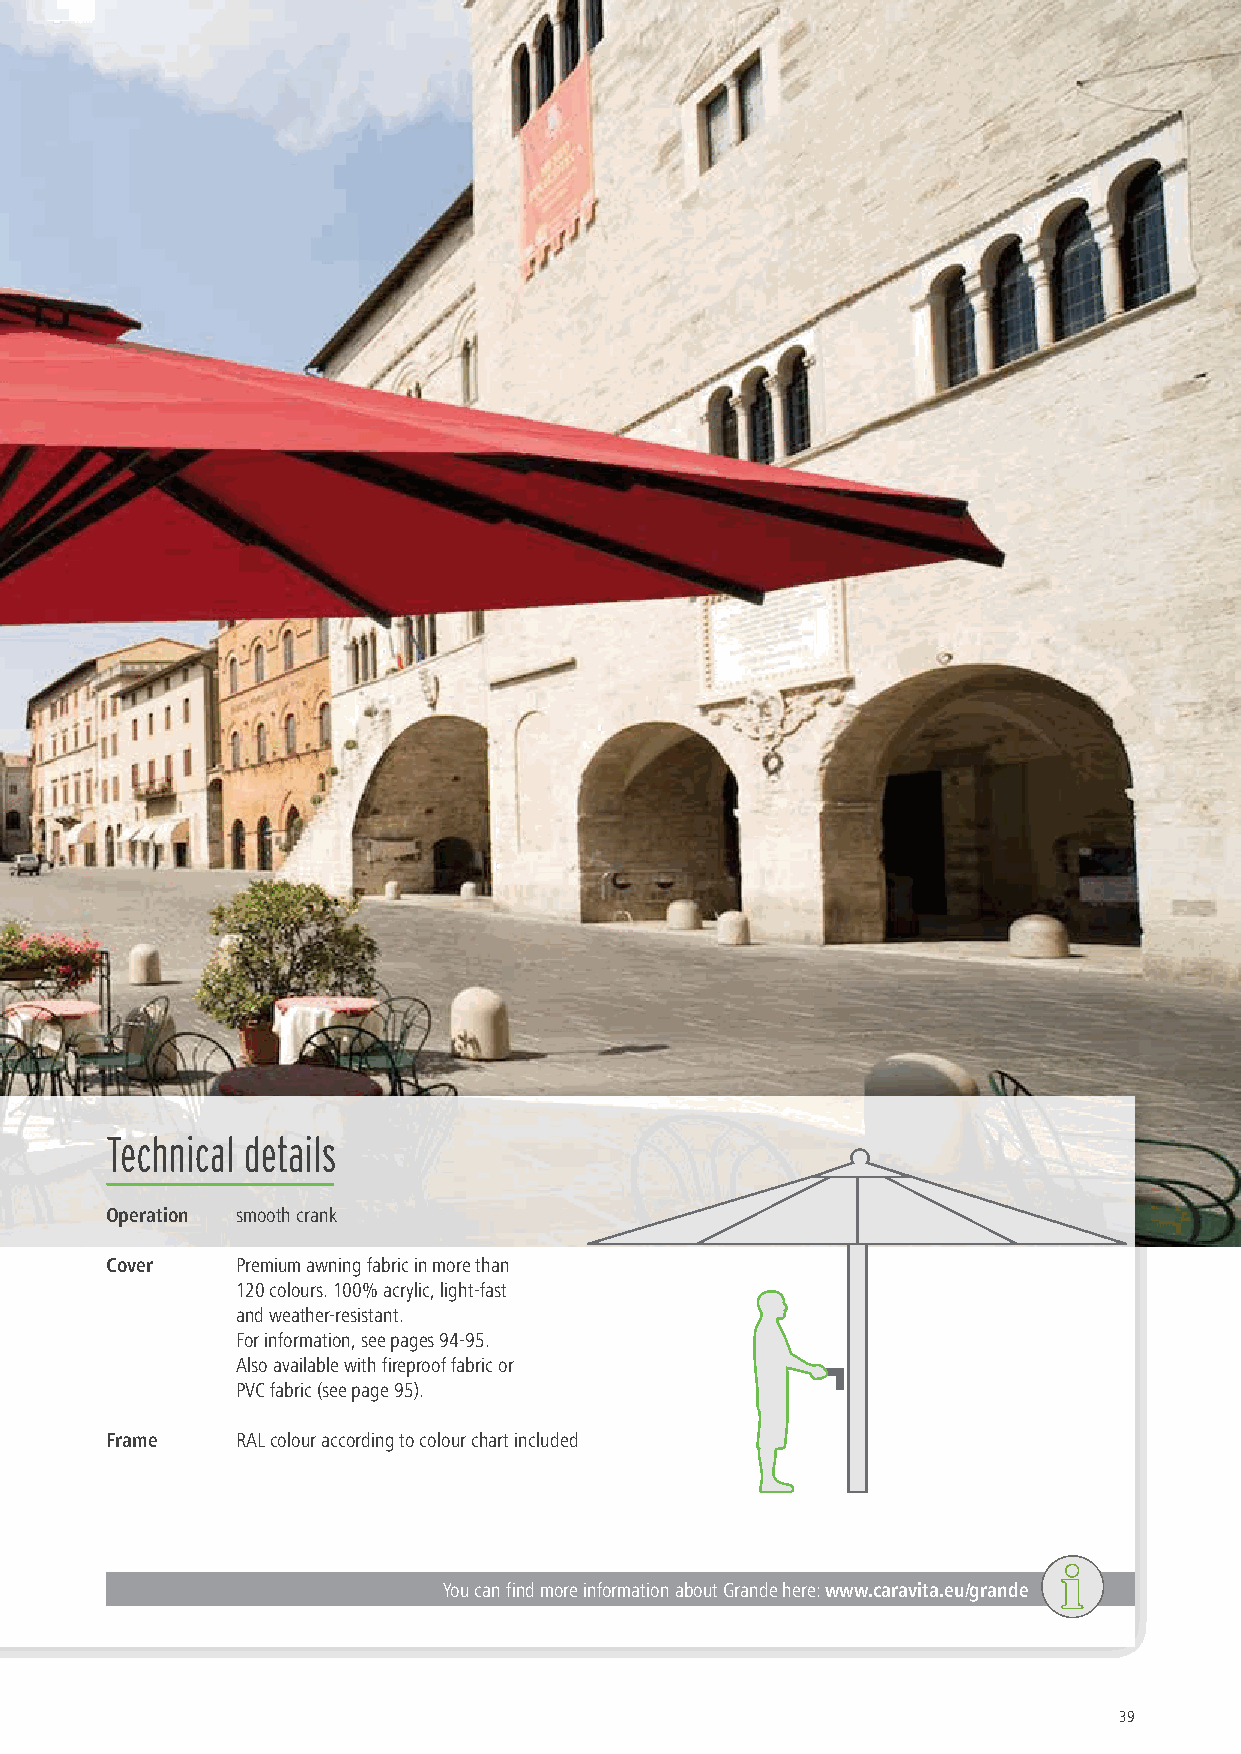
Technical details
 Operation smooth crank
 Cover    Premium awning fabric in more than
 120 colours. 100% acrylic, light-fast
 and weather-resistant.
 For information, see pages 94-95.
 Also available with fireproof fabric or
 PVC fabric (see page 95).
 Frame    RAL colour according to colour chart included
 You can find more information about Grande here: www.caravita.eu/grande
 39